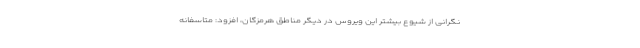
نگرانی از شیوع بیشتر این ویروس در دیگر مناطق هرمزگان، افزود: متاسفانه